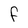
Character: F